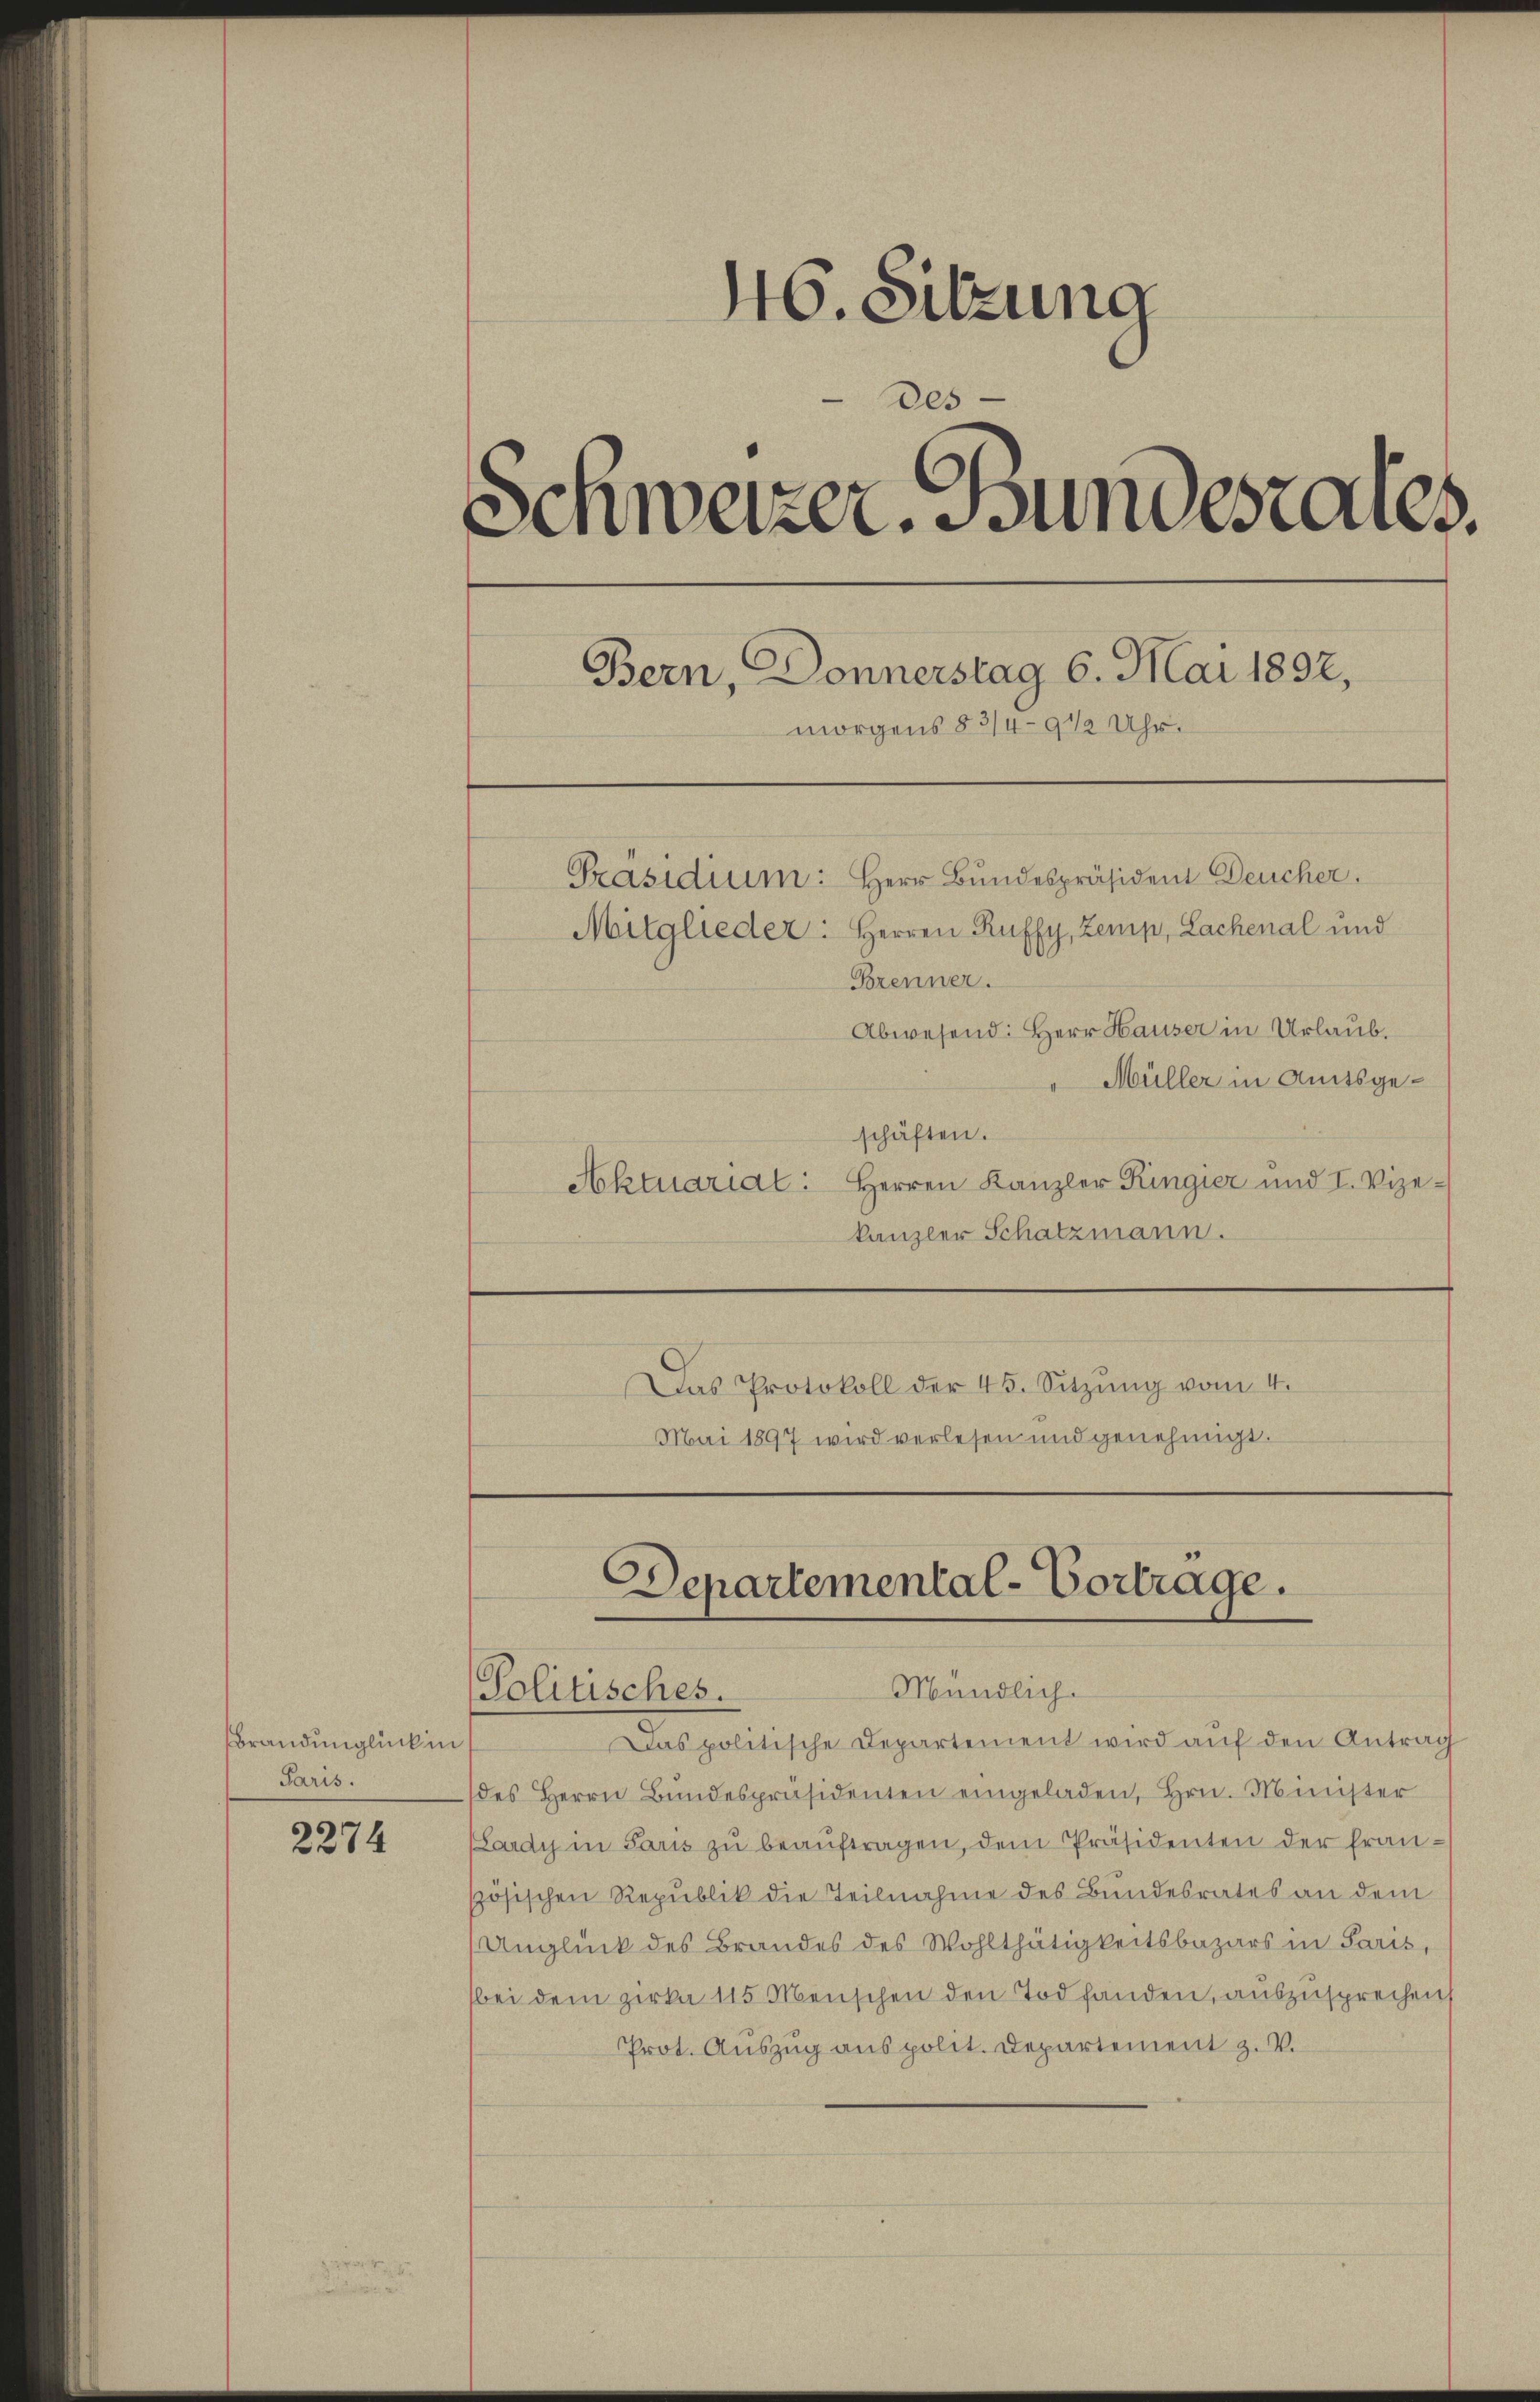
BBrandunglück in
Paris.

2274

46. Sitzung
des
¬
Schweizer. Bundesrates.
Bern, Donnerstag 6. Mai 1892,
morgens 8 3/4 9 1/2 Uhr.

Präsidium: Herr Bundespräsident Deucher.
Mitglieder: Herren Ruffy, Zemp, Lachenal und
Brenner.
Abwesend: Herr Hauser in Urlaub.
Müller in Amtsgeschäften.
Aktuarial: Herren Kanzler Kingier und I. Vize-
kanzler Schatzmann.
Das Protokoll der 45. Sitzŭng vom 4.
Mai 1897 wird verlesen und genehmigt.

Departemental-Vortrage.
Mündlich.
Politisches.

Das politische Departement wird aŭf den Antrag
des Herrn Bŭndespräsidenten eingeladen, Hrn. Minister
(Lardy in Paris zŭ beaŭftragen, dem Präsidenten der französischen Republik die Teilnahme des Bundesrates an dem
Unglück des Brandes des Wohlthätigkeitsbazars in Paris,
bei dem Zirka 115 Menschen den Tod fanden, auszusprechen
Prot. Auszug aus polit. Departement z. V.